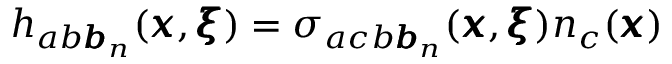
h _ { a b { \pmb b } _ { n } } ( { \pmb x } , { \pmb \xi } ) = \sigma _ { a c b { \pmb b } _ { n } } ( { \pmb x } , { \pmb \xi } ) n _ { c } ( { \pmb x } )